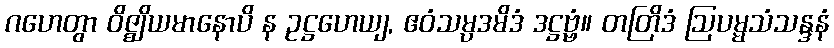
ဂဟေတွာ ဝိဇ္ဈိယမာနောပိ န ဥဋ္ဌဟေယျ, ဧဝံသမ္ပဒမိဒံ ဒဋ္ဌဗ္ဗံ။ တတြိဒံ ဩပမ္မသံသန္ဒနံ